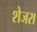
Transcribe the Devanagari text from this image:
शेजरा